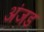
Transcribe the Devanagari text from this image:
अंजड